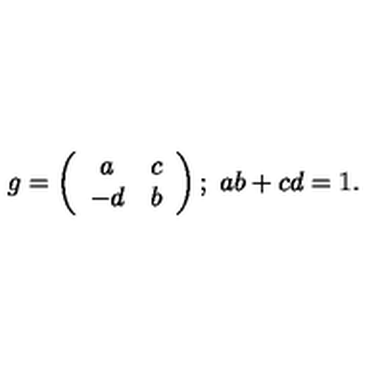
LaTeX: g = \left( \begin{array} { c c } { a } & { c } \\ { - d } & { b } \\ \end{array} \right) ; \ a b + c d = 1 .